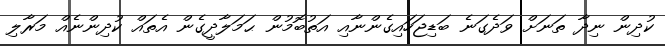
ކުދިން ނިދާ ތަނަށް ވަދެގަނެ ބަޑިޖަހައިގެންނާއި އަތުބޮމުން ޙަމަލާދީގެން އެތައް ކުދިންނެއް މަރާލި